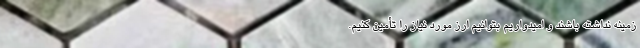
زمینه نداشته باشند و امیدواریم بتوانیم ارز مورد نیاز را تأمین کنیم.